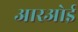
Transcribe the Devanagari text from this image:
आरओई